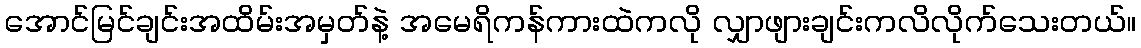
အောင်မြင်ချင်းအထိမ်းအမှတ်နဲ့ အမေရိကန်ကားထဲကလို လျှာဖျားချင်းကလိလိုက်သေးတယ်။